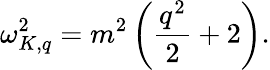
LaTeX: \omega_{K,q}^{2}=m^{2}\left(\frac{q^{2}}{2}+2\right).